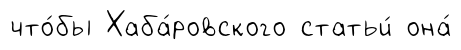
что́бы Хаба́ровского статьи́ она́